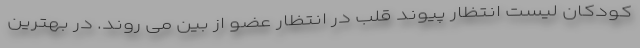
کودکان لیست انتظار پیوند قلب در انتظار عضو از بین می روند. در بهترین